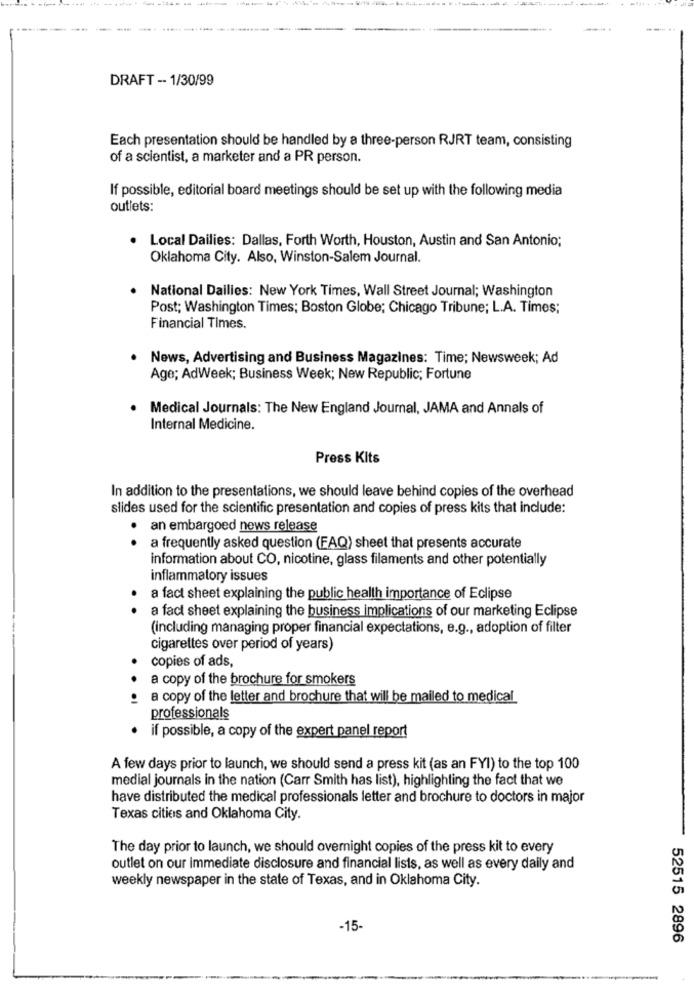
DRAFT -- 1/30/99
Each presentation should be handled by a three-person RJRT team, consisting
of a scientist, a marketer and a PR person.
If possible, editorial board meetings should be set up with the following media
outlets:
Local Dailies: Dallas, Forth Worth, Houston, Austin and San Antonio;
Oklahoma City. Also, Winston-Salem Journal.
National Dailies: New York Times, Wall Street Journal; Washington
Post; Washington Times; Boston Globe; Chicago Tribune; L.A. Times;
Financial Times.
News, Advertising and Business Magazines: Time; Newsweek; Ad
Age; AdWeek; Business Week; New Republic; Fortune
Medical Journals: The New England Journal, JAMA and Annals of
Internal Medicine.
Press Kits
In addition to the presentations, we should leave behind copies of the overhead
slides used for the scientific presentation and copies of press kits that include:
an embargoed news release
a frequently asked question (FAQ) sheet that presents accurate
information about CO, nicotine, glass filaments and other potentially
inflammatory issues
a fact sheet explaining the public health importance of Eclipse
a fact sheet explaining the business implications of our marketing Eclipse
(including managing proper financial expectations, e.g ., adoption of filter
cigarettes over period of years)
copies of ads,
a copy of the brochure for smokers
a copy of the letter and brochure that will be mailed to medical
professionals
· if possible, a copy of the expert panel report
A few days prior to launch, we should send a press kit (as an FYI) to the top 100
medial journals in the nation (Carr Smith has list), highlighting the fact that we
have distributed the medical professionals letter and brochure to doctors in major
Texas cities and Oklahoma City.
The day prior to launch, we should overnight copies of the press kit to every
outlet on our immediate disclosure and financial lists, as well as every daily and
weekly newspaper in the state of Texas, and in Oklahoma City.
-15-
52515 2896